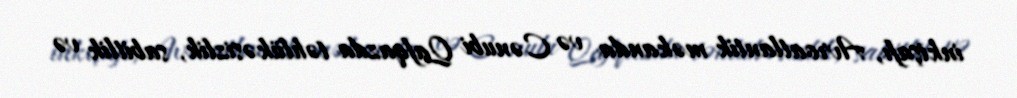
inkişafı, Avroatlantik məkanda və Cənubi Qafqazda təhlükəsizlik, sabitlik və